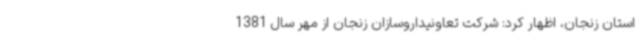
استان زنجان، اظهار کرد: شرکت تعاونیداروسازان زنجان از مهر سال 1381